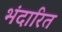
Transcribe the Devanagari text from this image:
भंदारित